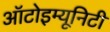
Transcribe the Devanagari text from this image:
ऑटोइम्यूनिटी